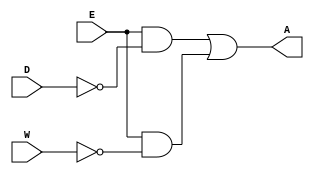
module house_alarm(A, E, D, W);

input E, D, W; // enable, door, window
output A; // alarm

assign A = (E & ~D) | (E & ~W);

endmodule